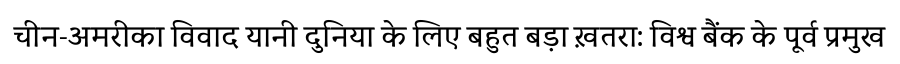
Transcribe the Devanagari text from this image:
चीन-अमरीका विवाद यानी दुनिया के लिए बहुत बड़ा ख़तरा: विश्व बैंक के पूर्व प्रमुख